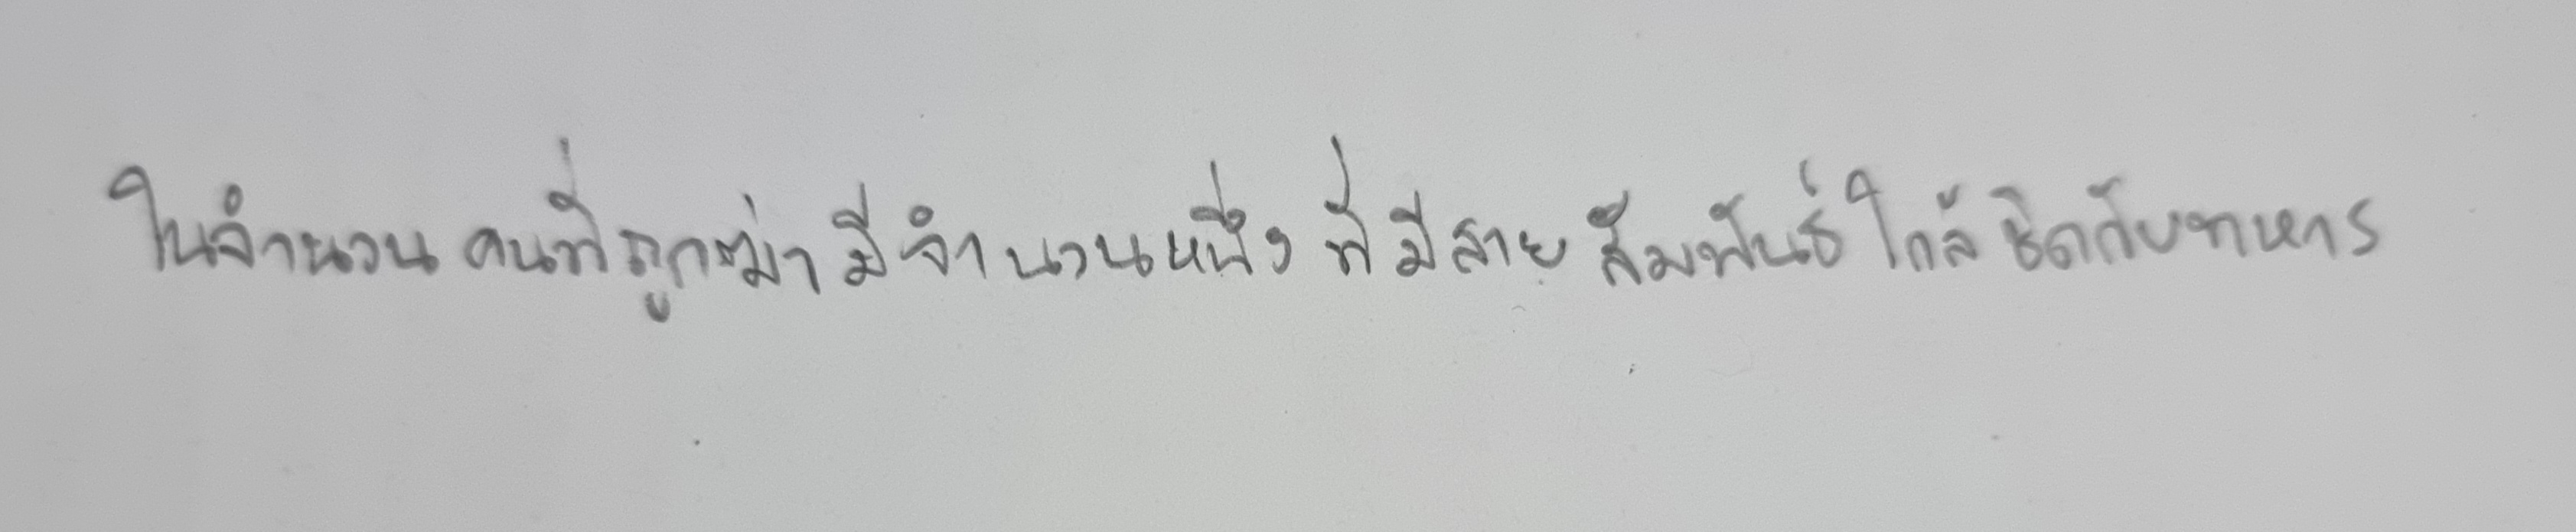
ในจำนวนคนที่ถูกฆ่ามีจำนวนหนึ่งที่มีสายสัมพันธ์ใกล้ชิดกับทหาร